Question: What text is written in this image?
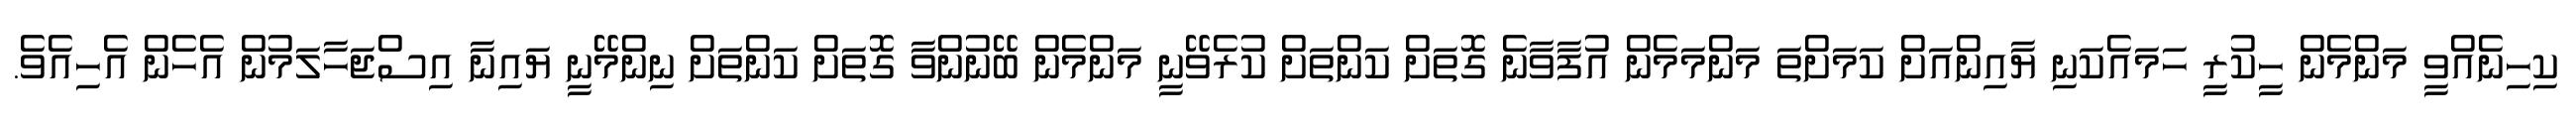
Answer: ކިހިނެއްވީ މަންމެން ހީކުރީ ހަމައެކަނި ޔާއިންއަށް ކަމަށްތަ މަންމަމެން އުފާވާނެ ގޮތަށް ކަންތަށް ކުރެވޭނީ މަންމެން ބޭނުންވާ ގޮތަށް ކަންތަށް ނިންމޭނީ ޔައިނާ އިސްޖަހާލަމުން އެހެން އެހިއެވެ.